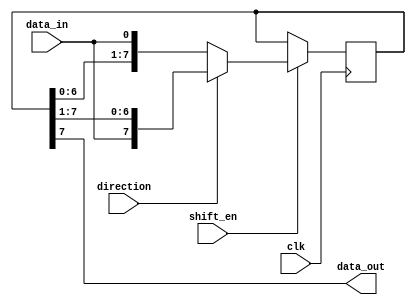
module siso_shift_register(
    input wire clk,
    input wire shift_en,
    input wire direction,
    input wire data_in,
    output reg data_out
);

reg [7:0] reg_data;

always @(posedge clk) begin
    if(shift_en) begin
        if(direction) begin // right shift
            reg_data <= {data_in, reg_data[7:1]};
        end else begin // left shift
            reg_data <= {reg_data[6:0], data_in};
        end
    end
end

assign data_out = reg_data[7];

endmodule